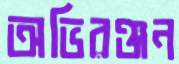
অভিরঞ্জন